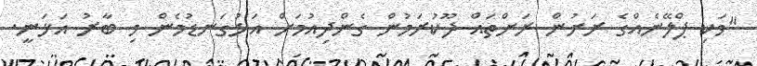
"ވަކި ޕްލޭނެއްގެ ރަށުން ރަށްތައް ދޫކުރަމުން ގެންދިއުމަށް އަޅުގަނޑުމެން މި ބާރު އަޅަނީ.